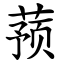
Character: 蓣